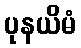
ပုနယိမံ